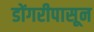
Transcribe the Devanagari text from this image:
डोंगरीपासून